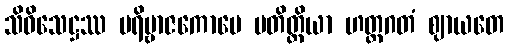
သိဝိသေဋ္ဌဿ ပရိဗ္ဗာဇကောပေ မတိတ္ထိယာ ဟတ္ထဂတံ ဈာယတေ